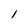
Character: l